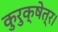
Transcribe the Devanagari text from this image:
कुरुक्षेत्र।